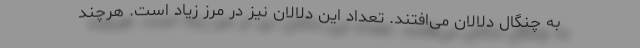
به چنگال دلالان می‌افتند. تعداد این دلالان نیز در مرز زیاد است. هرچند